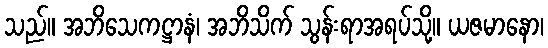
သည်။ အဘိသေကဋ္ဌာနံ၊ အဘိသိက် သွန်းရာအရပ်သို့။ ယဇမာနော၊